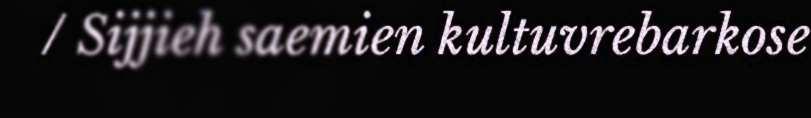
/ Sijjieh saemien kultuvrebarkose